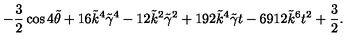
- { \frac { 3 } { 2 } } \cos { 4 \tilde { \theta } } + 1 6 \tilde { k } ^ { 4 } \tilde { \gamma } ^ { 4 } - 1 2 \tilde { k } ^ { 2 } \tilde { \gamma } ^ { 2 } + 1 9 2 \tilde { k } ^ { 4 } \tilde { \gamma } t - 6 9 1 2 \tilde { k } ^ { 6 } t ^ { 2 } + { \frac { 3 } { 2 } } .